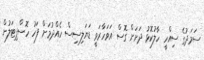
ސަމަދުގެ ސިއްހީ ހާލުކޮޅު ދަށަށް ގޮސް އަވަހާރަވީ ޑަޔަލިސިސް ހެއްދުމަށް ފަހު ހޮސްޕިޓަލުން